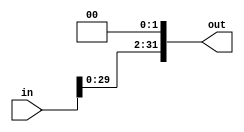
`timescale 1ns/1ns
module Shl2(input [31:0] in, output reg [31:0] out);
    always @(in) out = in << 2;
endmodule